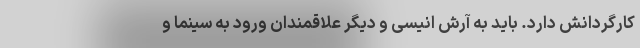
کارگردانش دارد. باید به آرش انیسی و دیگر علاقمندان ورود به سینما و